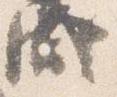
盛